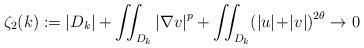
LaTeX: \begin{align*}\zeta_{2}(k):=\left\vert D_{k}\right\vert +{\displaystyle\iint_{D_{k}}}\left\vert \nabla v\right\vert ^{p}+{\displaystyle\iint_{D_{k}}}\!\left( \left\vert u\right\vert \!+\!\left\vert v\right\vert \right)^{2\theta}\rightarrow0 \end{align*}